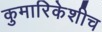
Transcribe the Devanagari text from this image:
कुमारिकेशीच